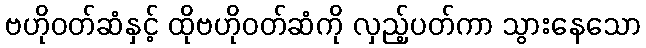
ဗဟိုဝတ်ဆံနှင့် ထိုဗဟိုဝတ်ဆံကို လှည့်ပတ်ကာ သွားနေသော